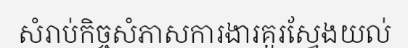
សំរាប់កិច្ចសំភាសការងារគួរស្វែងយល់